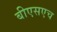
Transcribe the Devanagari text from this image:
बीएसएच